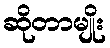
ဆိုတာမျိုး